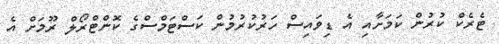
ޓެރެކް ކުރުން ކަމަށާއި އެ ޑިވައިސް ހަރުކުރުމުން ކަސްޓަމްސްގެ ކޮންޓްރޯލް ރޫމަށް އެ